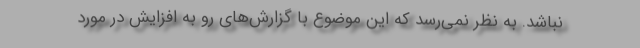
نباشد. به نظر نمی‌رسد که این موضوع با گزارش‌های رو به افزایش در مورد